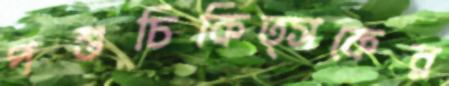
পশুচিকিত্সকের